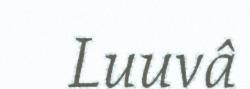
Luuvâ